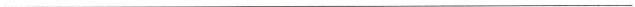
___